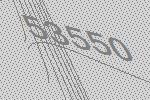
53550